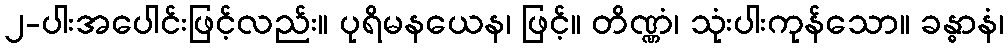
၂-ပါးအပေါင်းဖြင့်လည်း။ ပုရိမနယေန၊ ဖြင့်။ တိဏ္ဏံ၊ သုံးပါးကုန်သော။ ခန္ဓာနံ၊